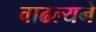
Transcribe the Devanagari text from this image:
वाढल्यने